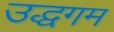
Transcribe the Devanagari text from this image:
उद्धगम